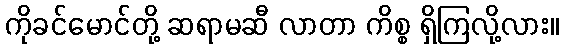
ကိုခင်မောင်တို့ ဆရာမဆီ လာတာ ကိစ္စ ရှိကြလို့လား။